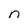
Character: n